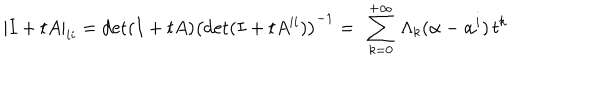
LaTeX: | I + t A | _ { i i } = \mathrm { d e t } ( I + t A ) \left( \mathrm { d e t } ( I + t A ^ { i i } ) \right) ^ { - 1 } = \ \sum _ { k = 0 } ^ { + \infty } \, \Lambda _ { k } ( { \bf \alpha } - { \bf \alpha } ^ { i } ) \, t ^ { k }